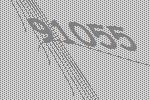
91055